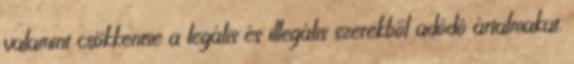
valamint csökkentse a legális és illegális szerekből adódó ártalmakat.